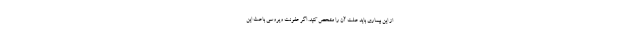
از این بیماری باید علت آن را مشخص کنید. اگر عفونت ویروسی باعث این